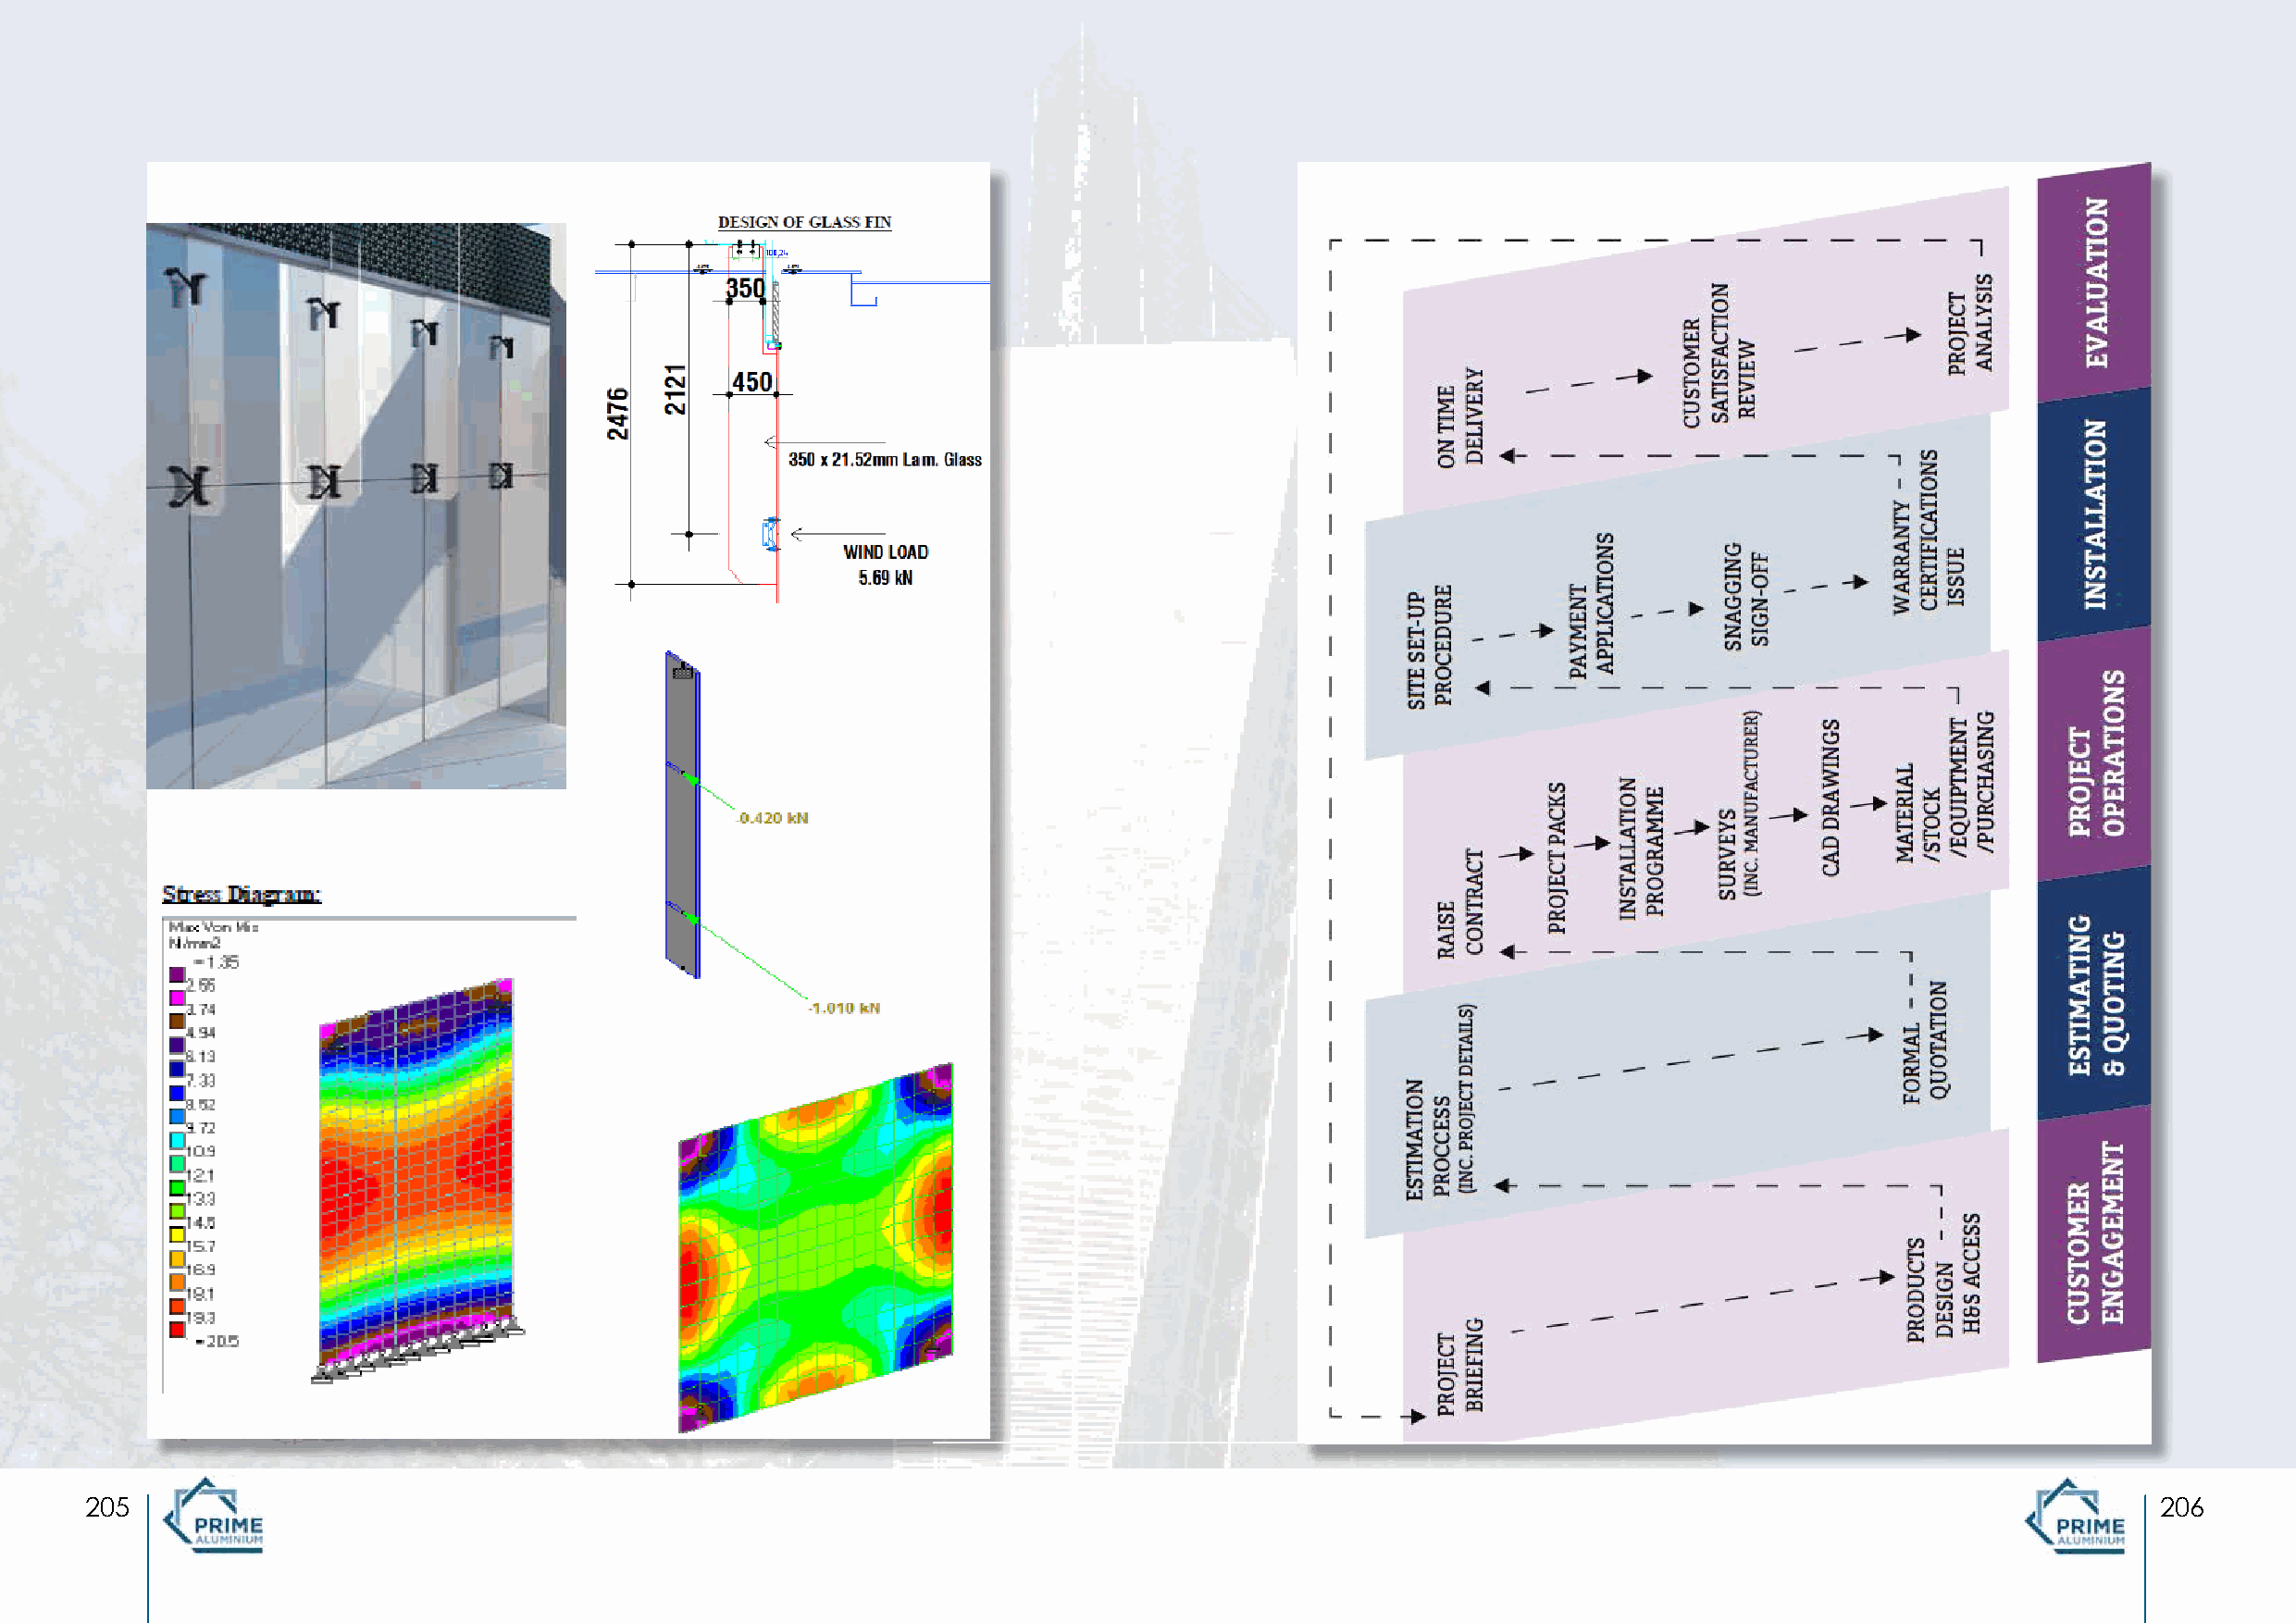
-
 205                                                                                                                                                 206